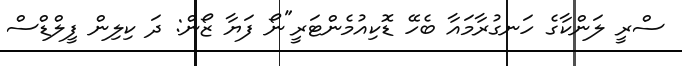
ސްރީ ލަންކާގެ ހަނގުރާމައާ ބެހޭ ޑޮކިއުމެންޓަރީ"ނޯ ފަޔާ ޒޯން: ދަ ކިލިން ފީލްޑްސް